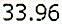
33.96